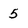
Character: 5